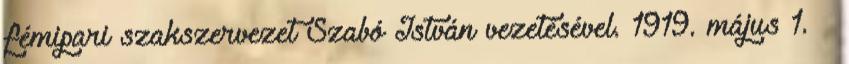
fémipari szakszervezet Szabó István vezetésével. 1919. május 1. –